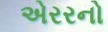
એરરનો